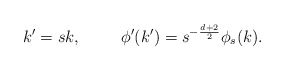
\begin{align*}k^{\prime}=sk, \hspace{1.0cm} \phi^{\prime}(k^{\prime})=s^{-\frac{d+2}{2}}\phi_s (k).\end{align*}